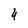
Character: 4